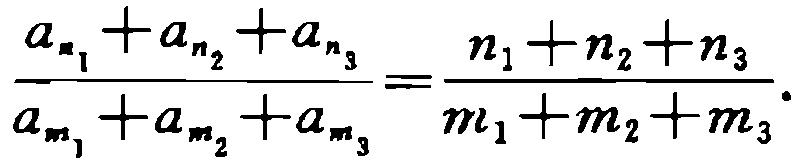
\(\frac{a_{n_{1}}+a_{n_{2}}+a_{n_{3}}}{a_{m_{1}}+a_{m_{2}}+a_{m_{3}}}=\frac{n_{1}+n_{2}+n_{3}}{m_{1}+m_{2}+m_{3}}.\)